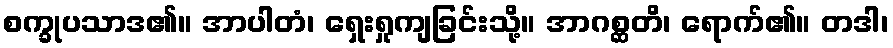
စက္ခုပသာဒ၏။ အာပါတံ၊ ရှေးရှုကျခြင်းသို့။ အာဂစ္ဆတိ၊ ရောက်၏။ တဒါ၊